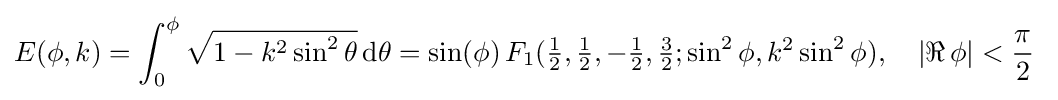
E(\phi ,k)=\int _{0}^{\phi }{\sqrt {1-k^{2}\sin ^{2}\theta }}\,\mathrm {d} \theta =\sin(\phi )\,F_{1}({\tfrac {1}{2}},{\tfrac {1}{2}},-{\tfrac {1}{2}},{\tfrac {3}{2}};\sin ^{2}\phi ,k^{2}\sin ^{2}\phi ),\quad |\Re \,\phi |<{\frac {\pi }{2}}~